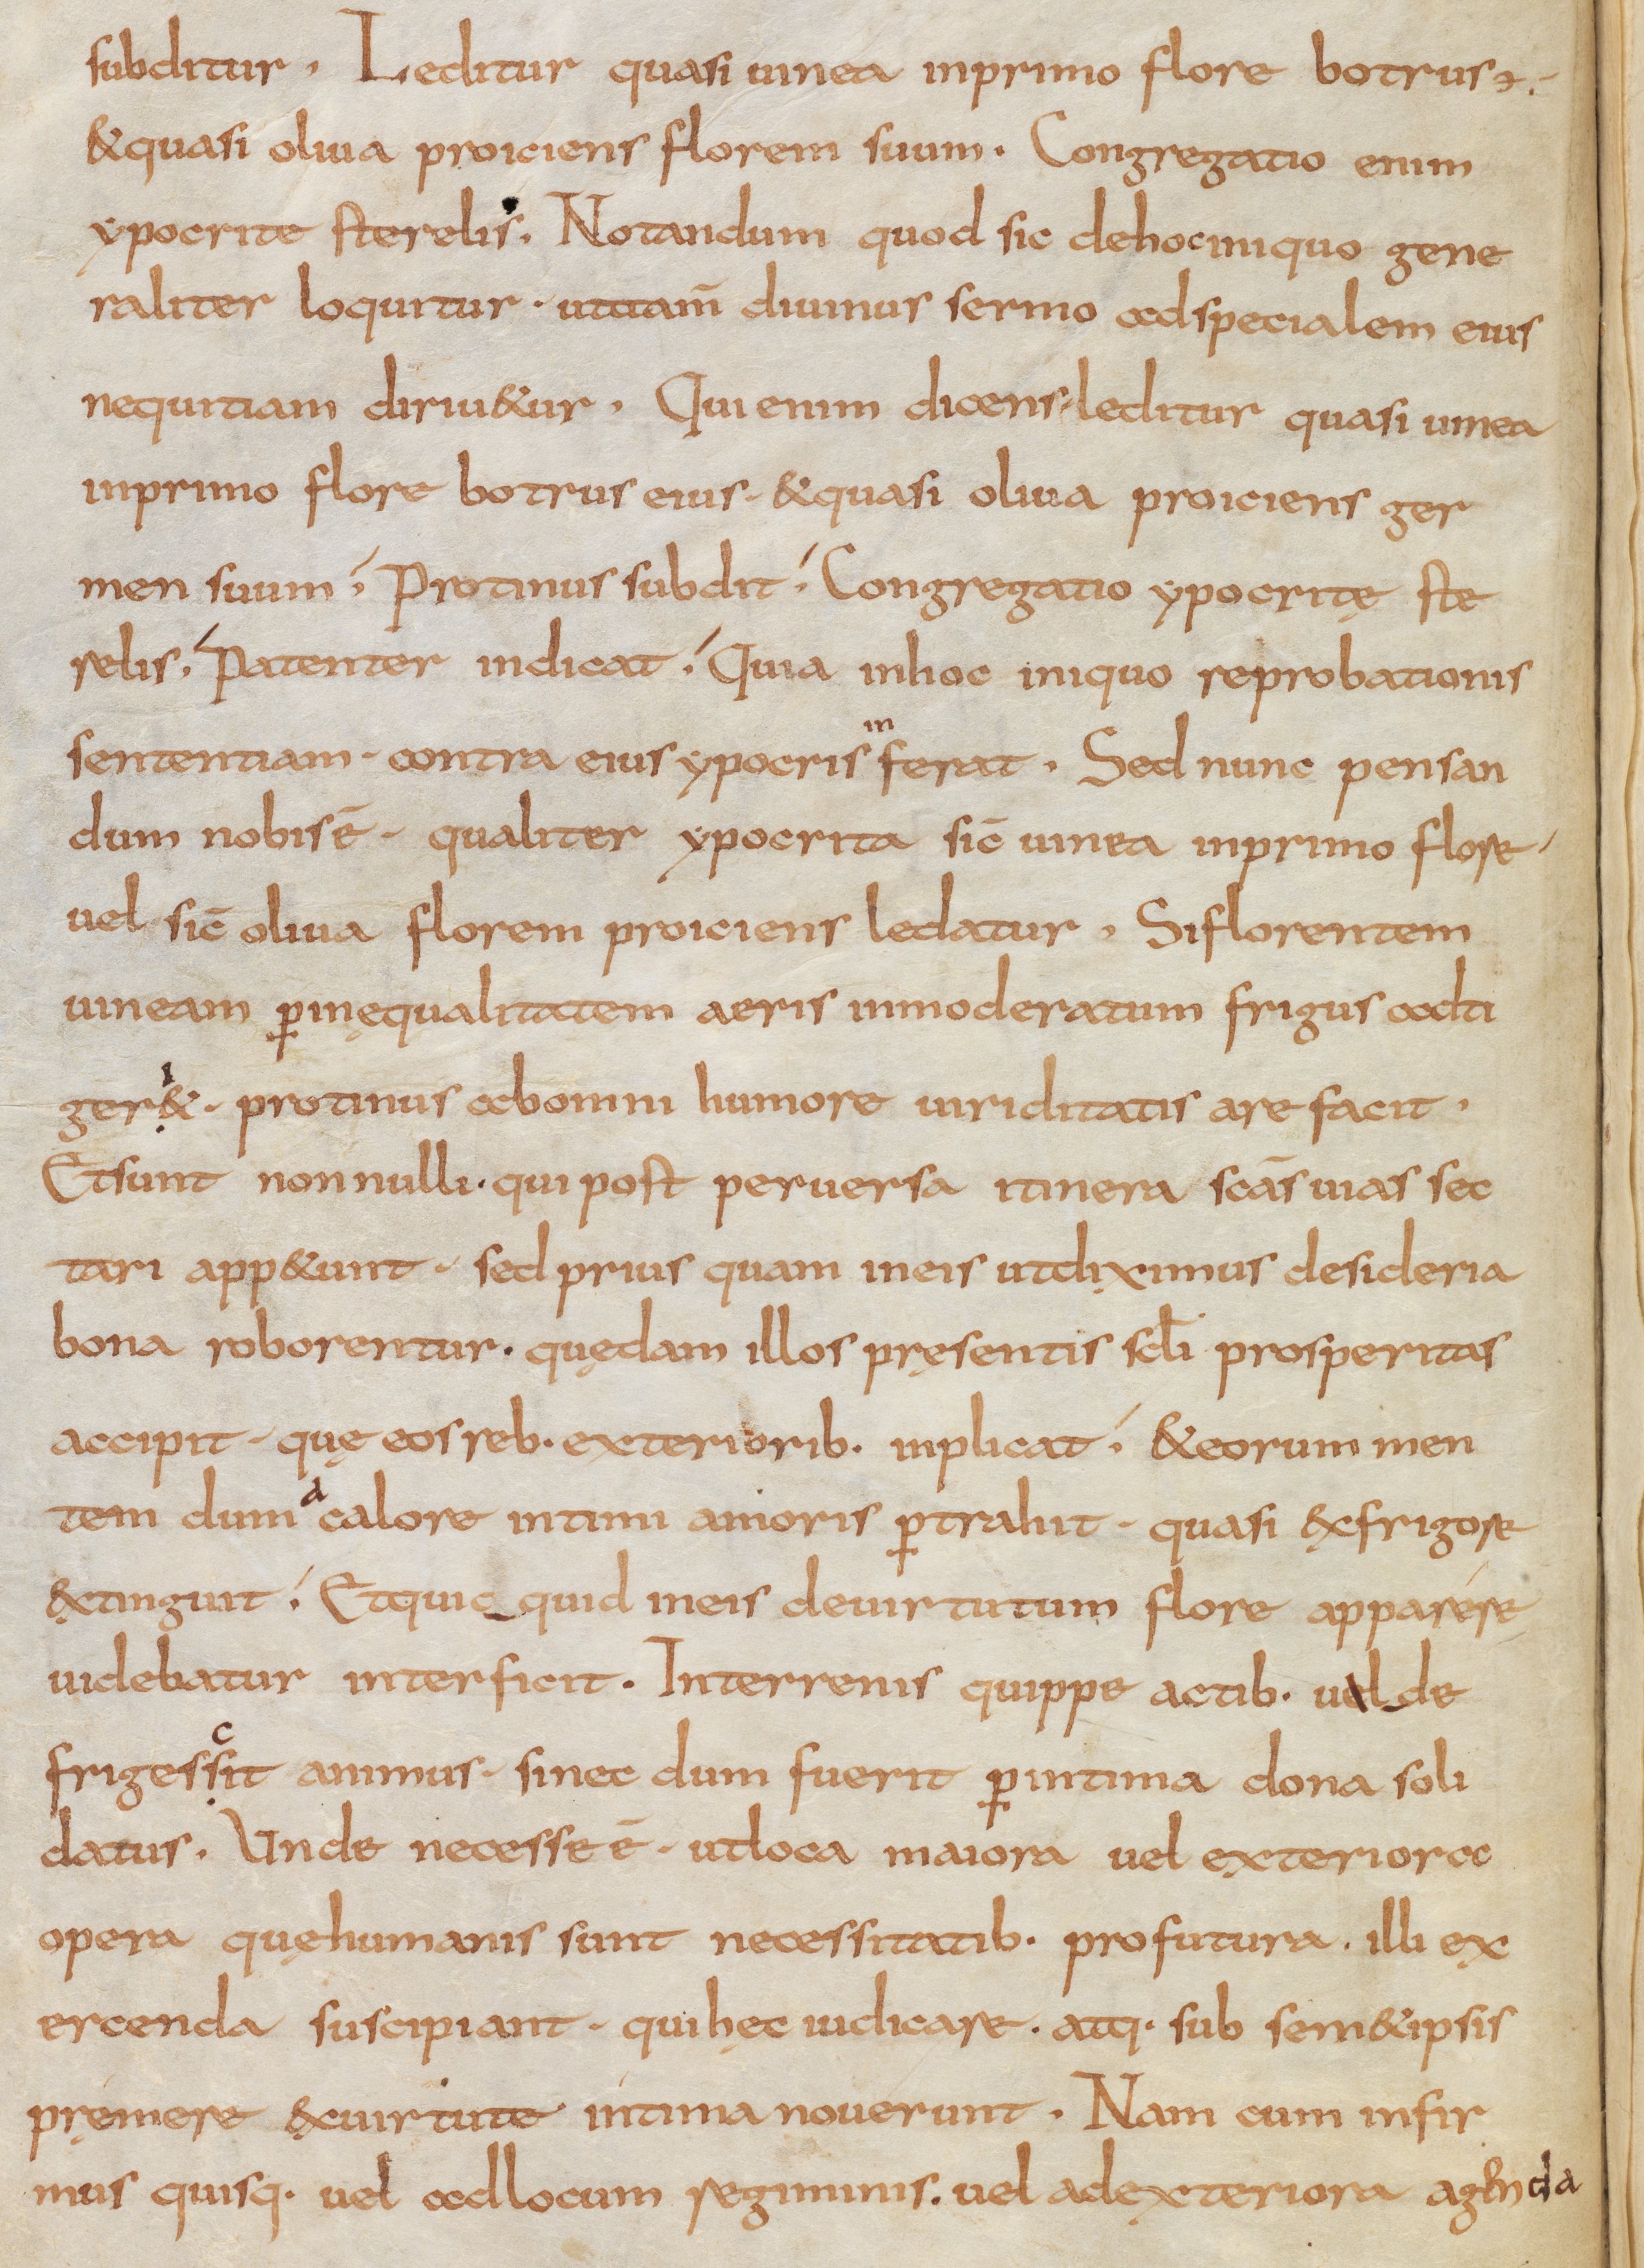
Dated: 800–832